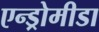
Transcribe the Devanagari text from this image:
एन्ड्रोमीडा